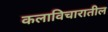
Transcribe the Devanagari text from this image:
कलाविचारातील